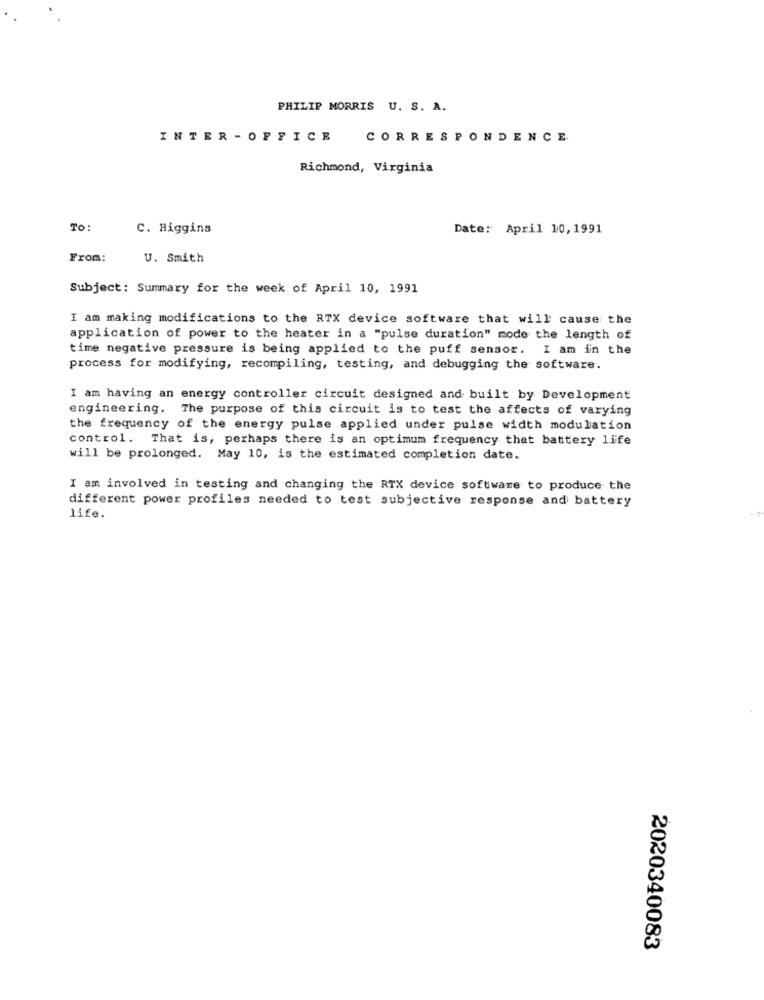
PHILIP MORRIS U. S. A.
INTER - OFFICE
CORRESPONDENCE
Richmond, Virginia
To:
C. Higgins
Date: April 10, 1991
From:
U. Smith
Subject: Summary for the week of April 10, 1991
I am making modifications to the RTX device software that will cause the
application of power to the heater in a "pulse duration" mode the length of
time negative pressure is being applied to the puff sensor. I am in the
process for modifying, recompiling, testing, and debugging the software.
I am having an energy controller circuit designed and built by Development
engineering. The purpose of this circuit is to test the affects of varying
the frequency of the energy pulse applied under pulse width modulation
control. That is, perhaps there is an optimum frequency that battery life
will be prolonged. May 10, is the estimated completion date.
I am involved in testing and changing the RTX device software to produce the
different power profiles needed to test subjective response and battery
life.
2020340083